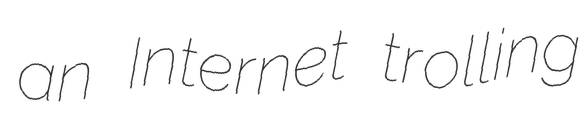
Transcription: an Internet trolling